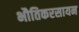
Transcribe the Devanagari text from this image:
भौतिकरसायन